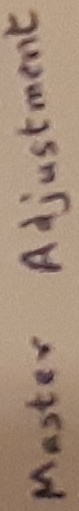
Text: Master adjustments